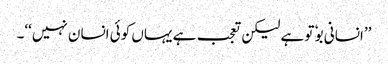
’’انسانی بوٗ تو ہے لیکن تعجب ہے یہاں کوئی انسان نہیں‘‘۔